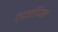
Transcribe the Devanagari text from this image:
एडवार्डियन